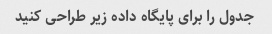
جدول را برای پایگاه داده زیر طراحی کنید